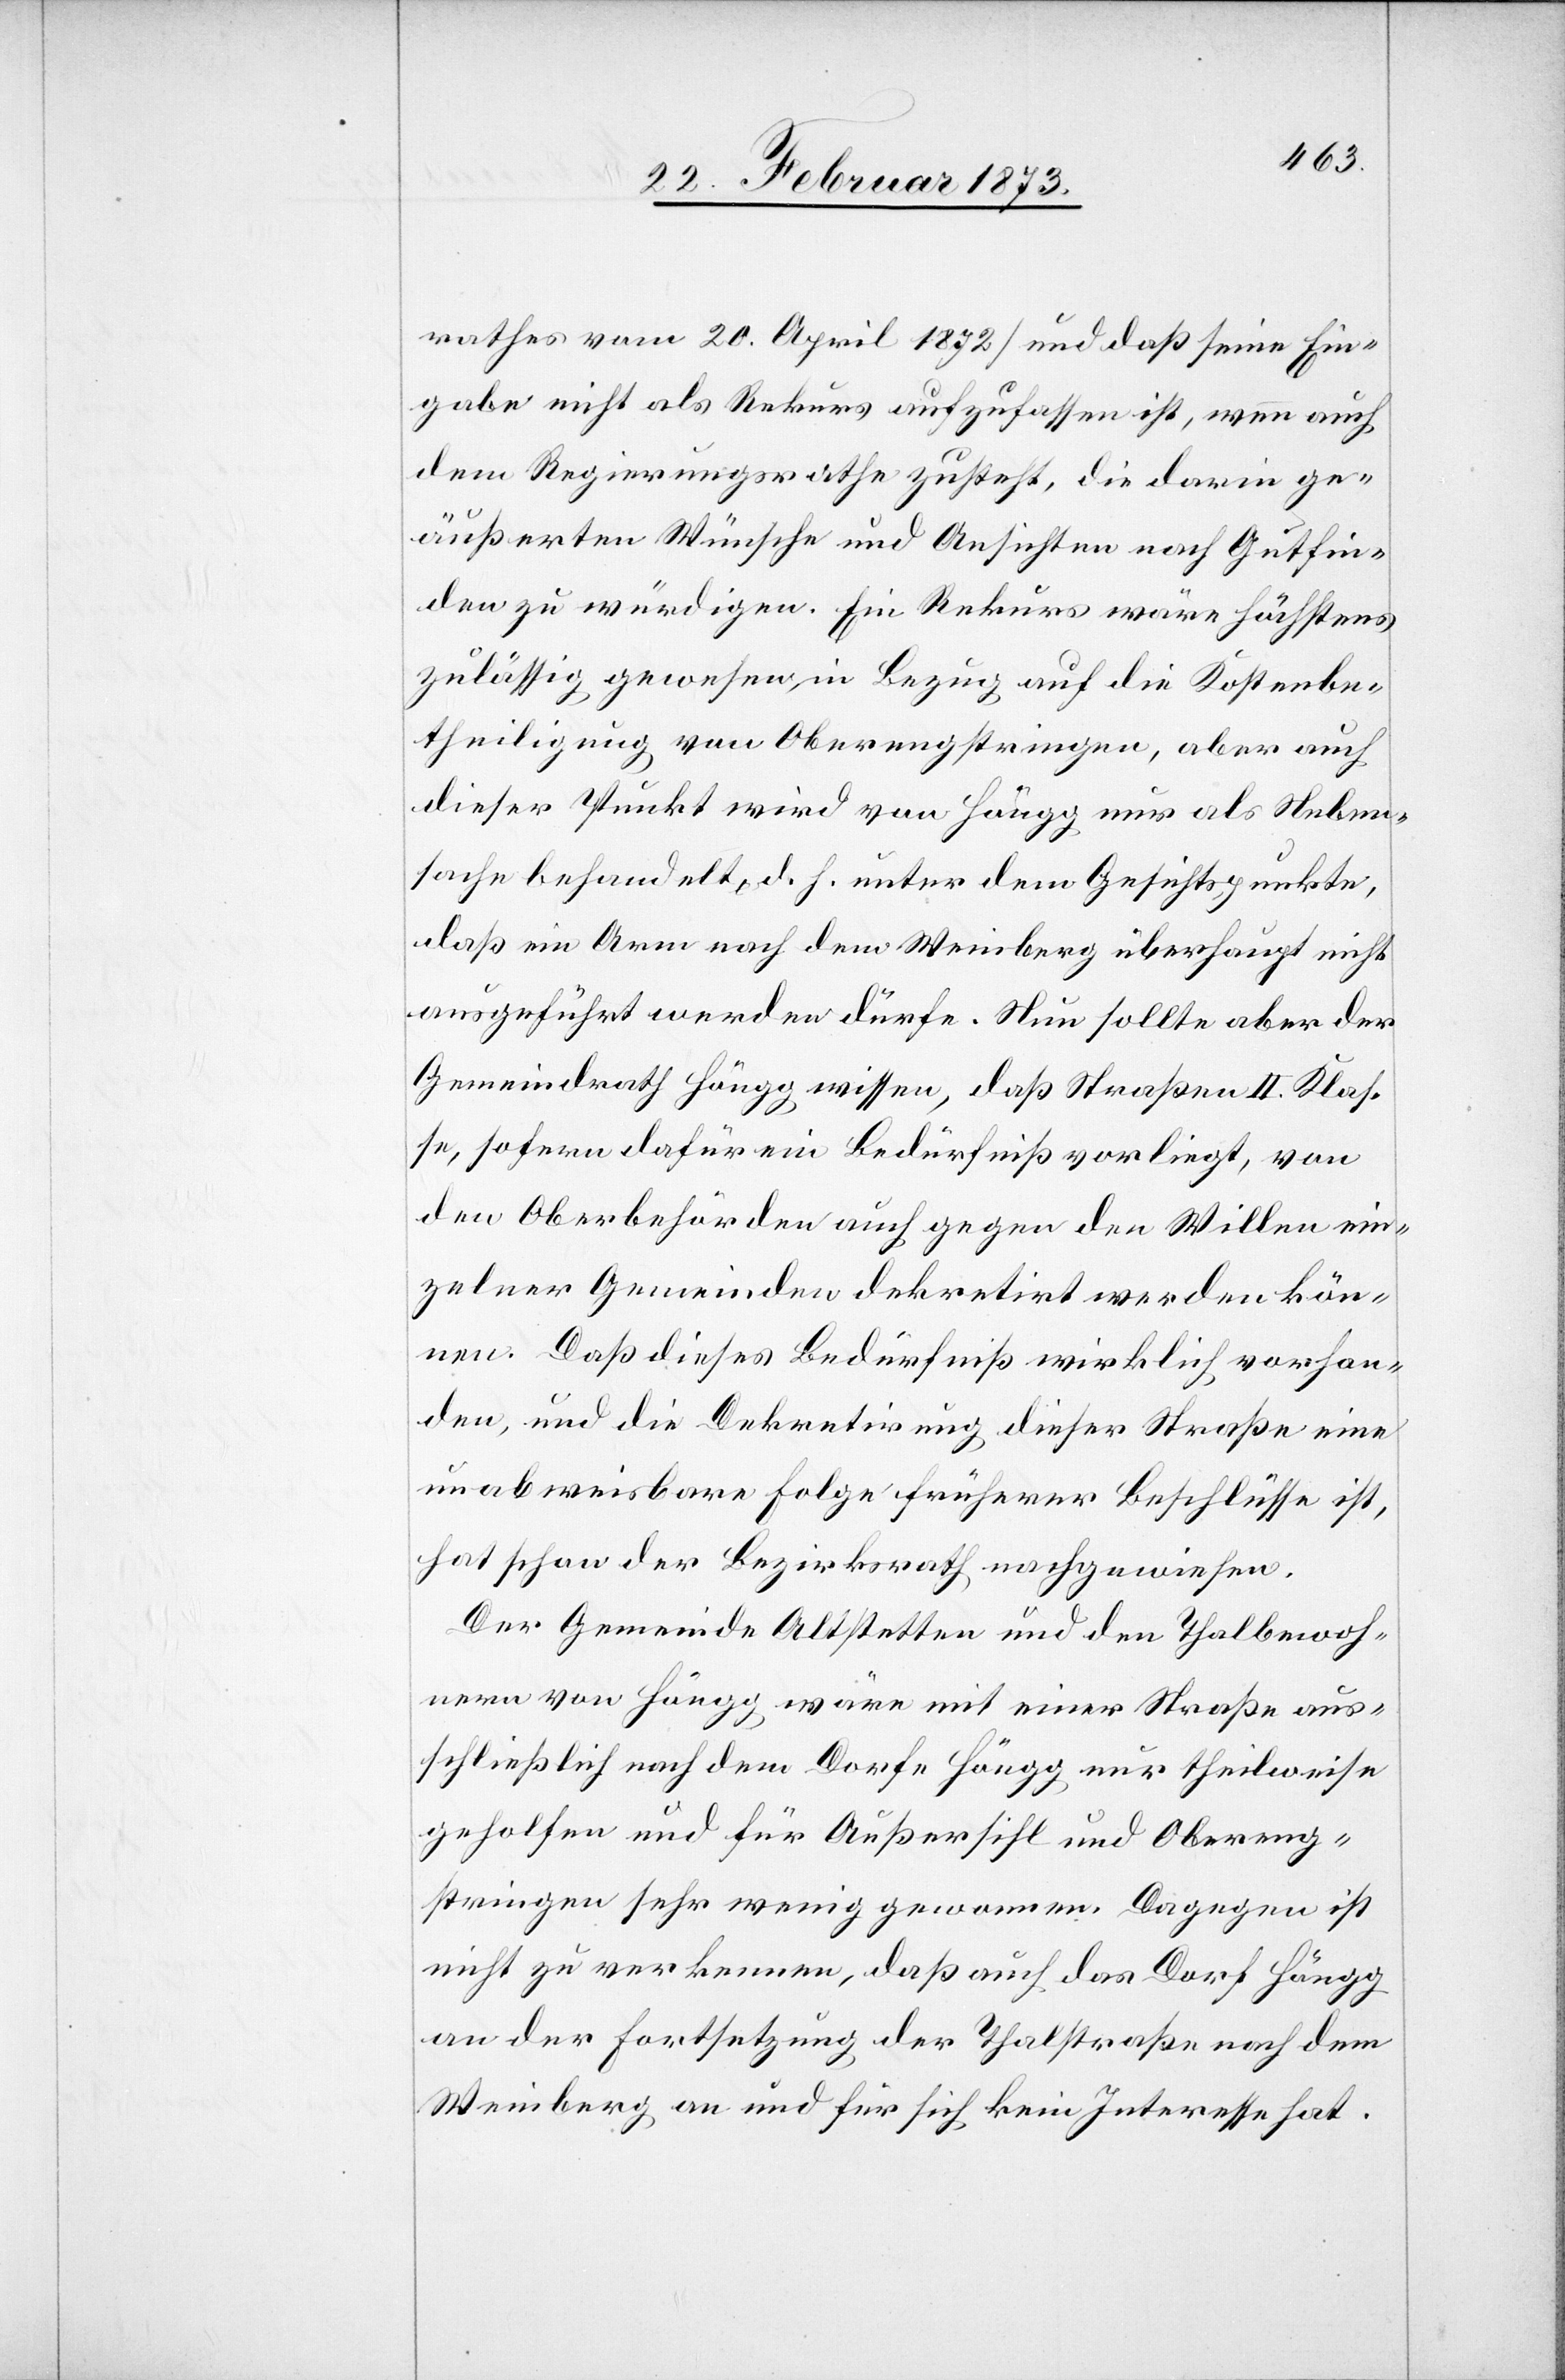
rathes vom 20. April 1872] und daß seine Ein¬
gabe nicht als Rekurs aufzufassen ist, wenn auch
dem Regierungsrathe zusteht, die darin ge¬
äußerten Wünsche und Ansichten nach Gutfin¬
den zu würdigen. Ein Rekurs wäre höchstens
zulässig gewesen in Bezug auf die Kostenbe¬
theiligung von Oberengstringen, aber auch
dieser Punkt wird von Höngg nur als Neben¬
sache behandelt, d. h. unter dem Gesichtspunkte,
daß ein Arm nach dem Weinberg überhaupt nicht
ausgeführt werden dürfe. Nun sollte aber der
Gemeindrath Höngg wissen, daß Straßen II. Klas¬
se, sofern dafür ein Bedürfniß vorliegt, von
den Oberbehörden auch gegen den Willen ein¬
zelner Gemeinden dekretirt werden kön¬
nen. Daß dieses Bedürfniß wirklich vorhan¬
den, und die Dekretirung dieser Straße eine
unabweisbare Folge früherer Beschlüsse ist,
hat schon der Bezirksrath nachgewiesen.
Der Gemeindrath Altstetten und den Thalbewoh¬
nern von Höngg wäre mit einer Straße aus¬
schließlich nach dem Dorfe Höngg nur theilweise
geholfen und für Außersihl und Obereng¬
stringen sehr wenig gewonnen. Dagegen ist
nicht zu verkennen, daß auch das Dorf Höngg
an der Fortsetzung der Thalstraße nach dem
Weinberg an und für sich kein Interesse hat.